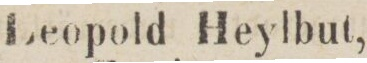
Leopold Heylbut,